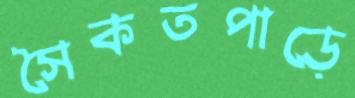
সৈকতপাড়ে